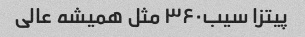
پیتزا سیب۳۶۰ مثل همیشه عالی